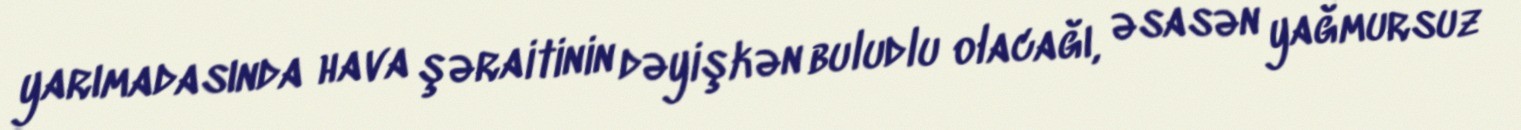
yarımadasında hava şəraitinin dəyişkən buludlu olacağı, əsasən yağmursuz